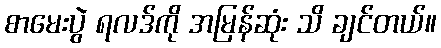
စာမေးပွဲ ရလဒ်ကို အမြန်ဆုံး သိ ချင်တယ်။